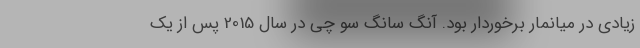
زیادی در میانمار برخوردار بود. آنگ سانگ سو چی در سال 2015 پس از یک